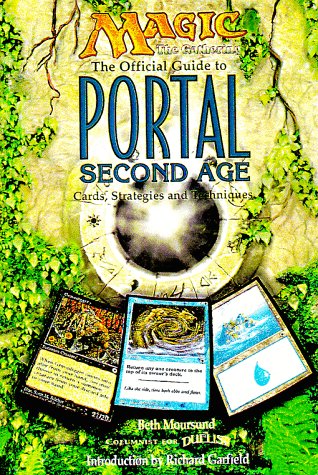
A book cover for The Official Guide to Portal Second Age: Cards, Strategies, and Techniques (Magic the Gathering); Research & Development Dept of Wizards o; Science Fiction & Fantasy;